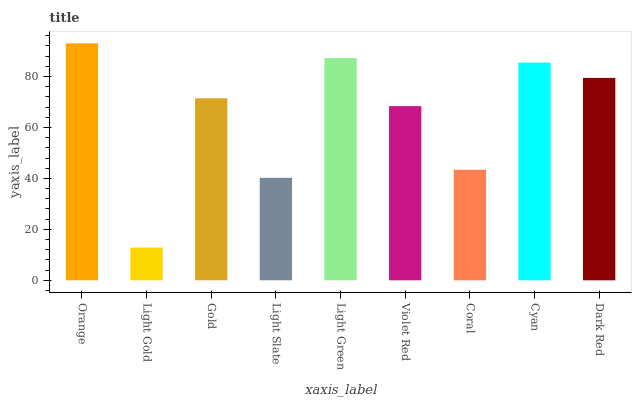
| xaxis_label | bars |
 | --- | --- |
 | Orange | 93 |
 | Light Gold | 12.9 |
 | Gold | 71.4 |
 | Light Slate | 40.2 |
 | Light Green | 87.2 |
 | Violet Red | 68.4 |
 | Coral | 43.4 |
 | Cyan | 85.4 |
 | Dark Red | 79.4 |